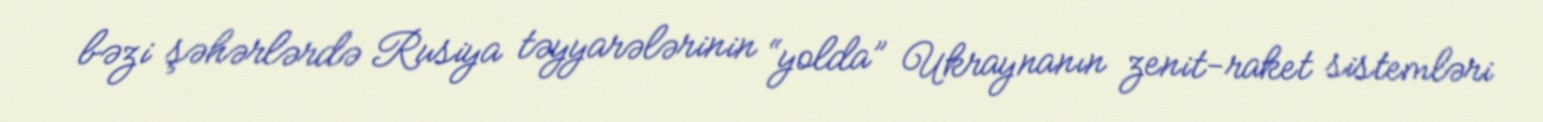
bəzi şəhərlərdə Rusiya təyyarələrinin “yolda” Ukraynanın zenit-raket sistemləri